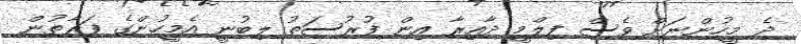
ދެ މީހުންނަށް ވެސް ފިލްމީ ދާއިރާ އިން ފުރުސަތު ލިބުނީ އެމީހުންގެ ފަރާތުން